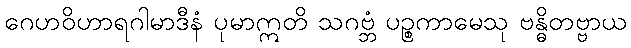
ဂေဟဝိဟာရဂါမာဒီနံ ပုမာဣတိ သဂဗ္ဘံ ပဉ္စကာမေသု ဗန္ဓိတဗ္ဗာယ